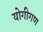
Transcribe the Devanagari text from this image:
योगीगण